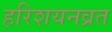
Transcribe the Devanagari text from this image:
हरिशयनव्रत